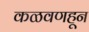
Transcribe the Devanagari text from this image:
कळवणहून